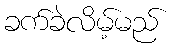
ခက်ခဲလိမ့်မည်